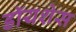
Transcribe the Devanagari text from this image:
डॉयशेस